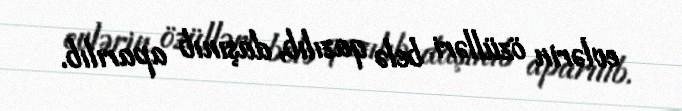
evlərin özülləri belə qazılıb, daşınıb aparılıb.